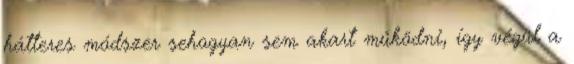
hátteres módszer sehogyan sem akart működni, így végül a